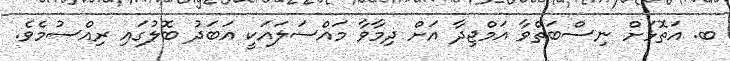
ބ. އަތޮޅަށް ނިސްބަތްވާ އަމްޖިދާ އަށް ދިމާވާ މައްސަލައަކީ އަބަދު ބޮލުގައި ރިއްސުމެވެ.